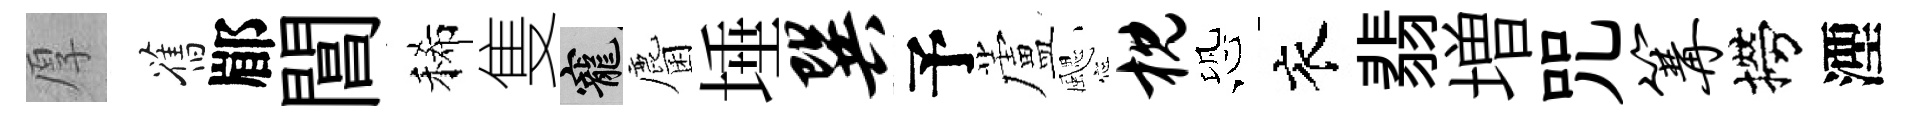
厚舊郿閶稀隻寵麕埵巽予蘆颸枕恐衣翡増咒篝撈湮